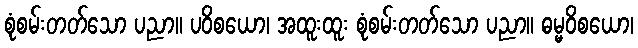
စုံစမ်းတတ်သော ပညာ။ ပဝိစယော၊ အထူးထူး စုံစမ်းတတ်သော ပညာ။ ဓမ္မဝိစယော၊